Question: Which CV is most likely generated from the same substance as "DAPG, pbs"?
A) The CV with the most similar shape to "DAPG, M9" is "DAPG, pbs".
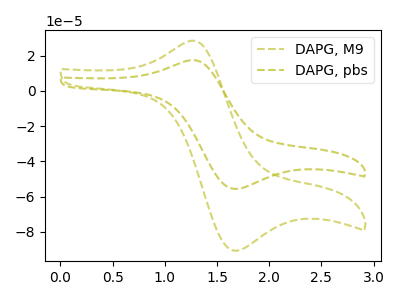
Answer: <think>The olive dashed curve "DAPG, M9" has an anodic peak at (1.25V, 28.30uA) and a cathodic peak at (1.65V, -90.75uA). The olive dashed curve "DAPG, pbs" has an anodic peak at (1.25V, 17.35uA) and a cathodic peak at (1.65V, -55.60uA).
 All the peaks in "DAPG, M9" have a peak in "DAPG, pbs" at the same potential. Every peak in "DAPG, M9" is higher than every peak in "DAPG, pbs".</think>
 <answer>A) The CV with the most similar shape to "DAPG, M9" is "DAPG, pbs".</answer>
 <eval>A</eval>